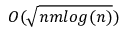
O ( { \sqrt { n m l o g ( n ) } } )